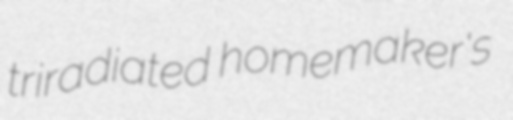
triradiated homemaker's